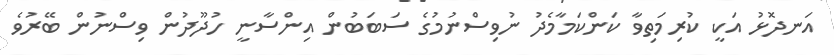
އަނދޮޅު އަކީ ކުރިމަތިވާ ކަންކަމާމެދު ނުވިސްނުމުގެ ސަބަބުން އިންސާނީ ހުދޫދުން ވިސްނުން ބޭރުވެ